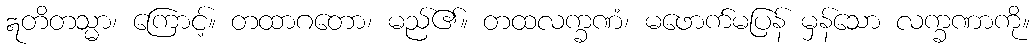
ဣတိတသ္မာ၊ ကြောင့်။ တထာဂတော၊ မည်၏။ တထလက္ခဏံ၊ မဖောက်မပြန် မှန်သော လက္ခဏာကို။